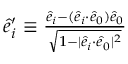
\begin{array} { r } { \hat { e } _ { i } ^ { \prime } \equiv \frac { \hat { e } _ { i } - ( \hat { e } _ { i } { \cdot } \hat { e } _ { 0 } ) \hat { e } _ { 0 } } { \sqrt { 1 - | \hat { e } _ { i } { \cdot } \hat { e } _ { 0 } | ^ { 2 } } } } \end{array}